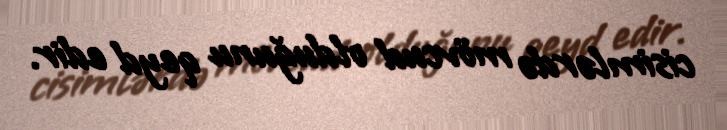
cisimlərdə mövcud olduğunu qeyd edir.